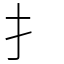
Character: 扌